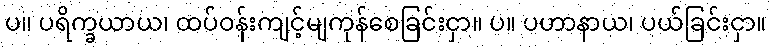
ပ။ ပရိက္ခယာယ၊ ထပ်ဝန်းကျင့်မျကုန်စေခြင်းငှာ။ ပ။ ပဟာနာယ၊ ပယ်ခြင်းငှာ။